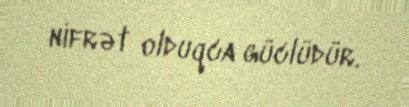
nifrət olduqca güclüdür.